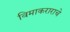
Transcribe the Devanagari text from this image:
विमाकराराचे